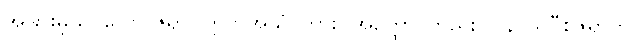
အခြားမဲ့ထင်သော ဇရာ။ ဣတိအယံ၊ ကား။ အတ္ထော၊ တည်း။ ပန၊ သဝီစိဇရာကို